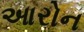
આરોન